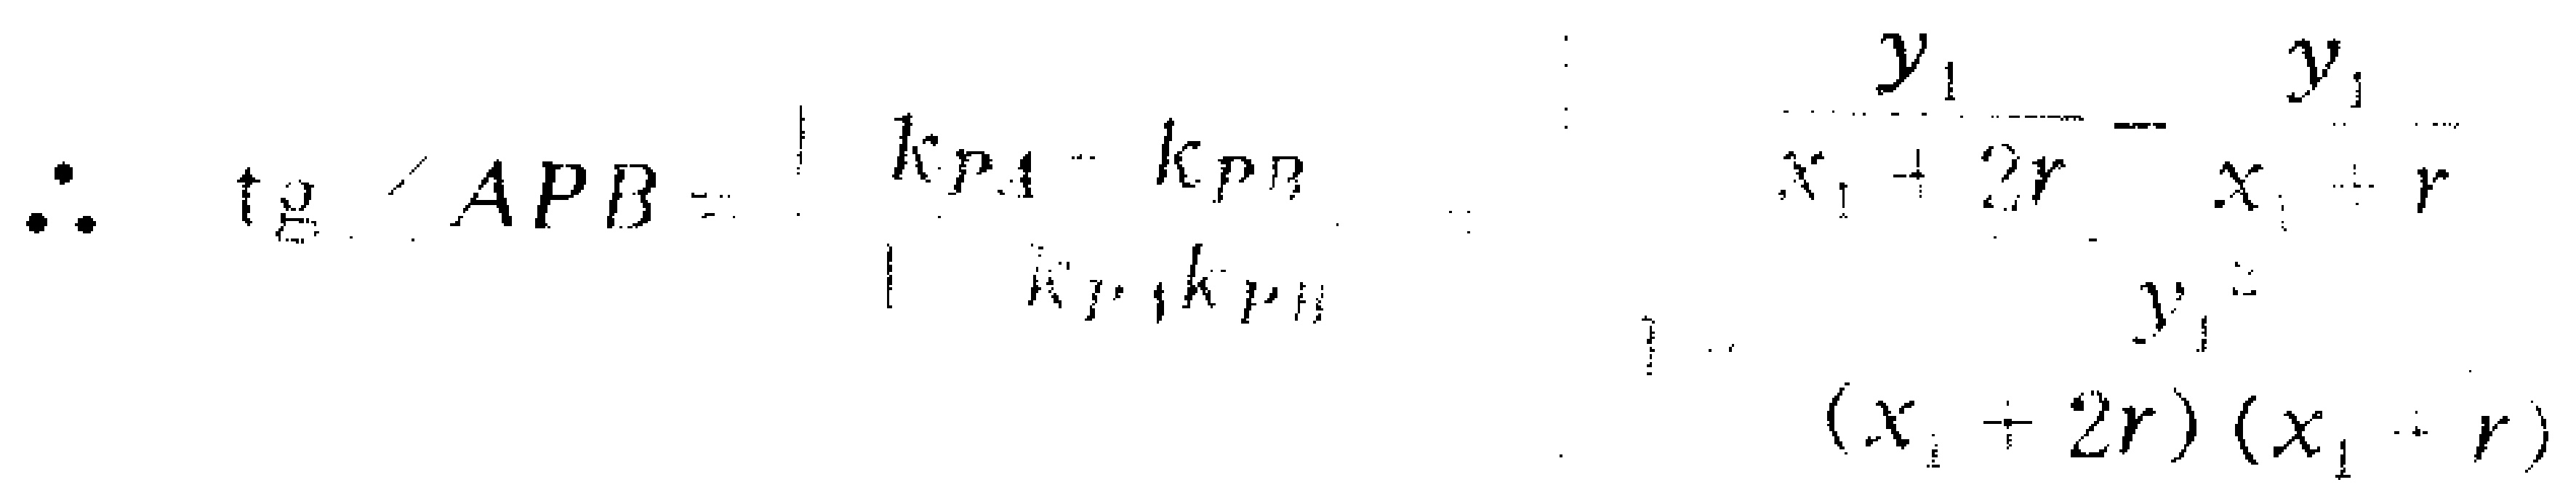
\(\therefore \ \mathrm{tg}\angle APB=\frac{k_{PA}-k_{PB}}{1 + k_{PA}k_{PB}}=\frac{\frac{y_{1}}{x_{1}+2r}-\frac{y_{1}}{x_{1}+r}}{1+\frac{y_{1}^{2}}{(x_{1}+2r)(x_{1}+r)}}\)